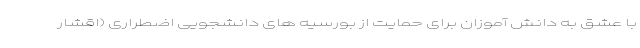
با عشق به دانش آموزان برای حمایت از بورسیه های دانشجویی اضطراری (اقشار